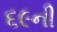
૬૯ની